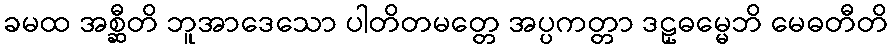
ခမထ အစ္ဆီတိ ဘူအာဒေသော ပါတိတမတ္တေ အပ္ပကတ္တာ ဒဠှဓမ္မေဘိ မေဓတီတိ